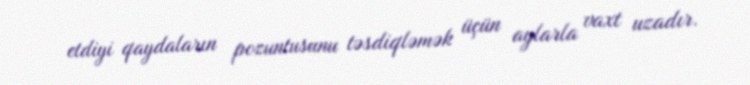
etdiyi qaydaların pozuntusunu təsdiqləmək üçün aylarla vaxt uzadır.